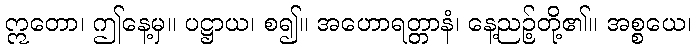
ဣတော၊ ဤနေ့မှ။ ပဋ္ဌာယ၊ စ၍။ အဟောရတ္တာနံ၊ နေ့ညဉ့်တို့၏။ အစ္စယေ၊